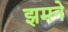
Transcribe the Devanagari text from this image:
झमने